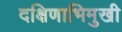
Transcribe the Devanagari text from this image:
दक्षिणाभिमुखी